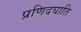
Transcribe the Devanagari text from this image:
प्रणिदघाति